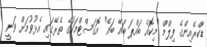
ޑާކްރެއިންގެ ފިލްމް "މިކޮއެ ބައްޕަ ބައޭ ބައޭ" އޮގަސްޓްމަހުގެ ތެރޭގައި އެޅުވުމަށް ވަނީ